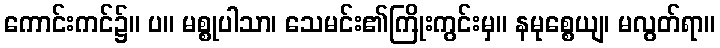
ကောင်းကင်၌။ ပ။ မစ္စုပါသာ၊ သေမင်း၏ကြိုးကွင်းမှ။ နမုစ္စေယျ၊ မလွတ်ရာ။